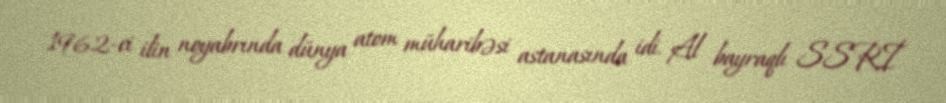
1962-ci ilin noyabrında dünya atom müharibəsi astanasında idi. Al bayraqlı SSRİ